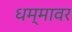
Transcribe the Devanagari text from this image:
धम्मावर